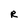
Character: R